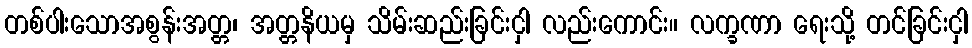
တစ်ပါးသောအစွန်းအတ္တ၊ အတ္တနိယမှ သိမ်းဆည်းခြင်းငှါ လည်းကောင်း။ လက္ခဏာ ရေးသို့ တင်ခြင်းငှါ